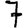
Digit: 7